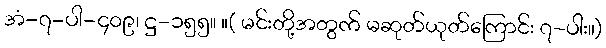
အံ-၇-ပါ-၄၀၉၊ ဋ္ဌ-၁၅၅။ ။( မင်းတို့အတွက် မဆုတ်ယုတ်ကြောင်း ၇-ပါး။)